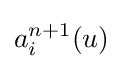
a_{i}^{n+1}(u)